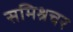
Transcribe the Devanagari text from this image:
समिश्रचर